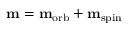
\mathbf { m } = \mathbf { m } _ { \mathrm { { o r b } } } + \mathbf { m } _ { \mathrm { { s p i n } } }